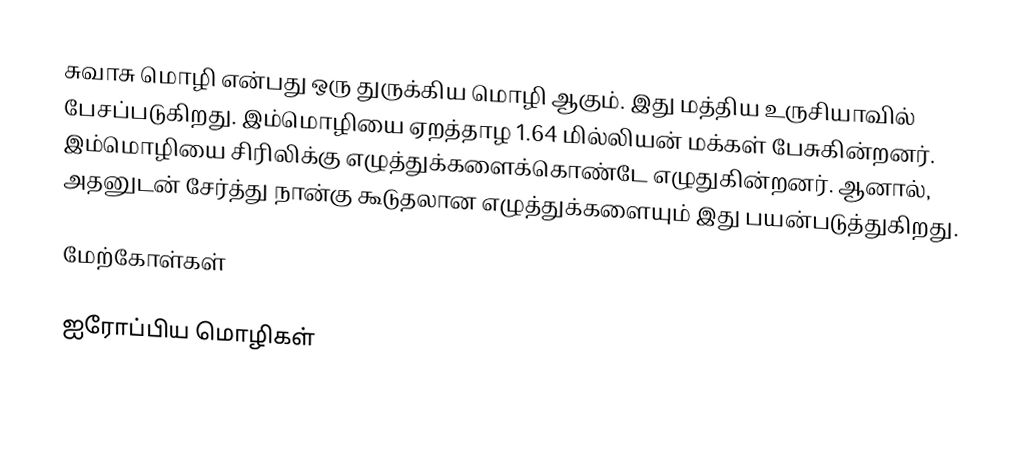
சுவாசு மொழி என்பது ஒரு துருக்கிய மொழி ஆகும். இது மத்திய உருசியாவில் பேசப்படுகிறது. இம்மொழியை ஏறத்தாழ 1.64 மில்லியன் மக்கள் பேசுகின்றனர். இம்மொழியை சிரிலிக்கு எழுத்துக்களைக்கொண்டே எழுதுகின்றனர். ஆனால், அதனுடன் சேர்த்து நான்கு கூடுதலான எழுத்துக்களையும் இது பயன்படுத்துகிறது.

மேற்கோள்கள்

ஐரோப்பிய மொழிகள்